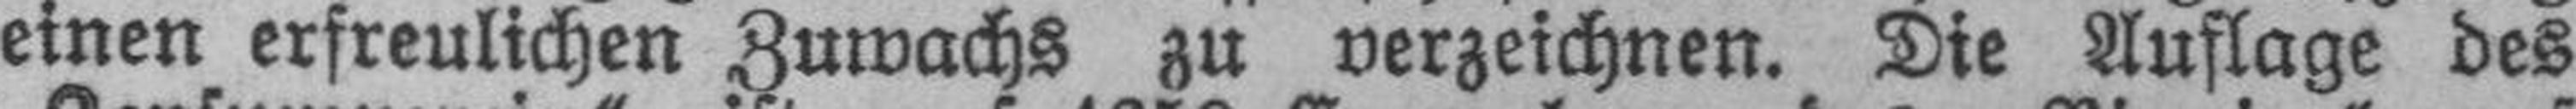
einen erfreulichen Zuwachs zu verzeichnen. Die Auflage des